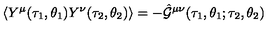
\langle Y ^ { \mu } ( \tau _ { 1 } , \theta _ { 1 } ) Y ^ { \nu } ( \tau _ { 2 } , \theta _ { 2 } ) \rangle = - \hat { \cal G } ^ { \mu \nu } ( \tau _ { 1 } , \theta _ { 1 } ; \tau _ { 2 } , \theta _ { 2 } )